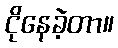
ငိုနေခဲ့တာ။